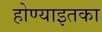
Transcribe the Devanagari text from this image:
होण्याइतका